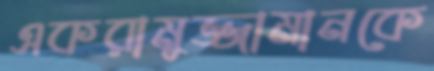
একরামুজ্জামানকে